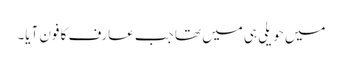
میں حویلی ہی میں تھا جب عارف کا فون آیا۔